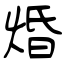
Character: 焝